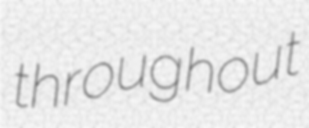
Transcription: throughout